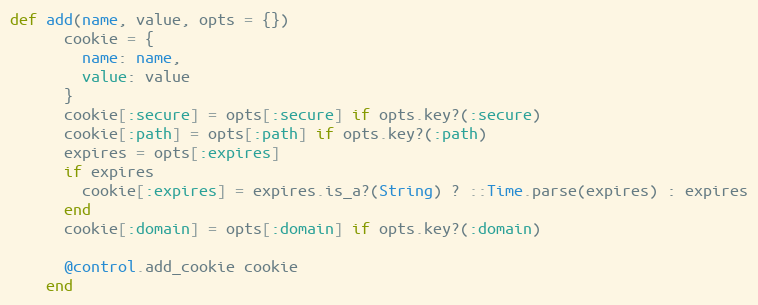
Language: Ruby
def add(name, value, opts = {})
      cookie = {
        name: name,
        value: value
      }
      cookie[:secure] = opts[:secure] if opts.key?(:secure)
      cookie[:path] = opts[:path] if opts.key?(:path)
      expires = opts[:expires]
      if expires
        cookie[:expires] = expires.is_a?(String) ? ::Time.parse(expires) : expires
      end
      cookie[:domain] = opts[:domain] if opts.key?(:domain)

      @control.add_cookie cookie
    end